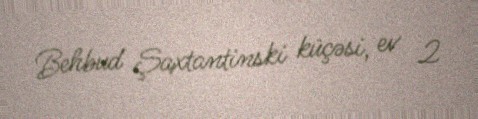
Behbud Şaxtantinski küçəsi, ev 2